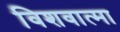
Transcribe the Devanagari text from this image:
विशवात्मा